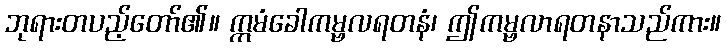
ဘုရားတပည့်တော်၏။ ဣမံခေါကမ္ဗလရတနံ၊ ဤကမ္ဗလာရတနာသည်ကား။